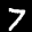
Label: 7